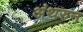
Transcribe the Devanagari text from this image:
अंथरुन